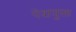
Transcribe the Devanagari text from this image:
पेंदायुक्त